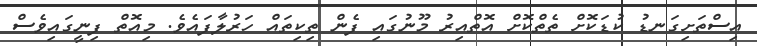
އިސްތަށިގަނޑު ކުޑަކޮށް ތެތްކޮށް އޮތްއިރު މޫނުގައި ފެން ތިކިތައް ހަރުލާފައެވެ. މިއޮތް ފިނީގައިވެސް